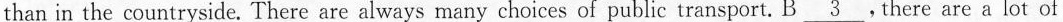
than in the countryside. There are always many choices of public transport. B\underline{3} .There are a lot of